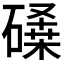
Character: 𰧨